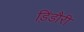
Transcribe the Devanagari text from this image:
ड़िंडौरी